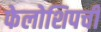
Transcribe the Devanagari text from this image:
फेलोशिपची